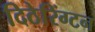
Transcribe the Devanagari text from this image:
दिठेरिंग्टन